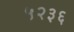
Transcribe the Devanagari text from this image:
५२३६